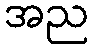
အည